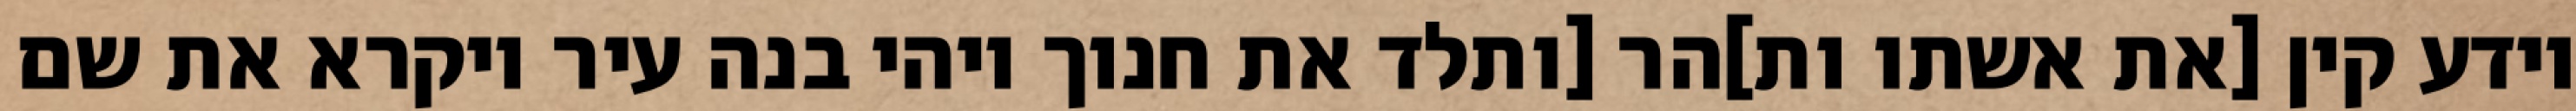
וידע קין [את אשתו ות]הר [ותלד את חנוך ויהי בנה עיר ויקרא את שם